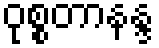
ဝုစ္စတာနန္ဒ